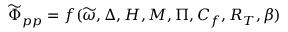
\widetilde { \Phi } _ { p p } = f ( \widetilde { \omega } , \Delta , H , M , \Pi , C _ { f } , R _ { T } , \beta )